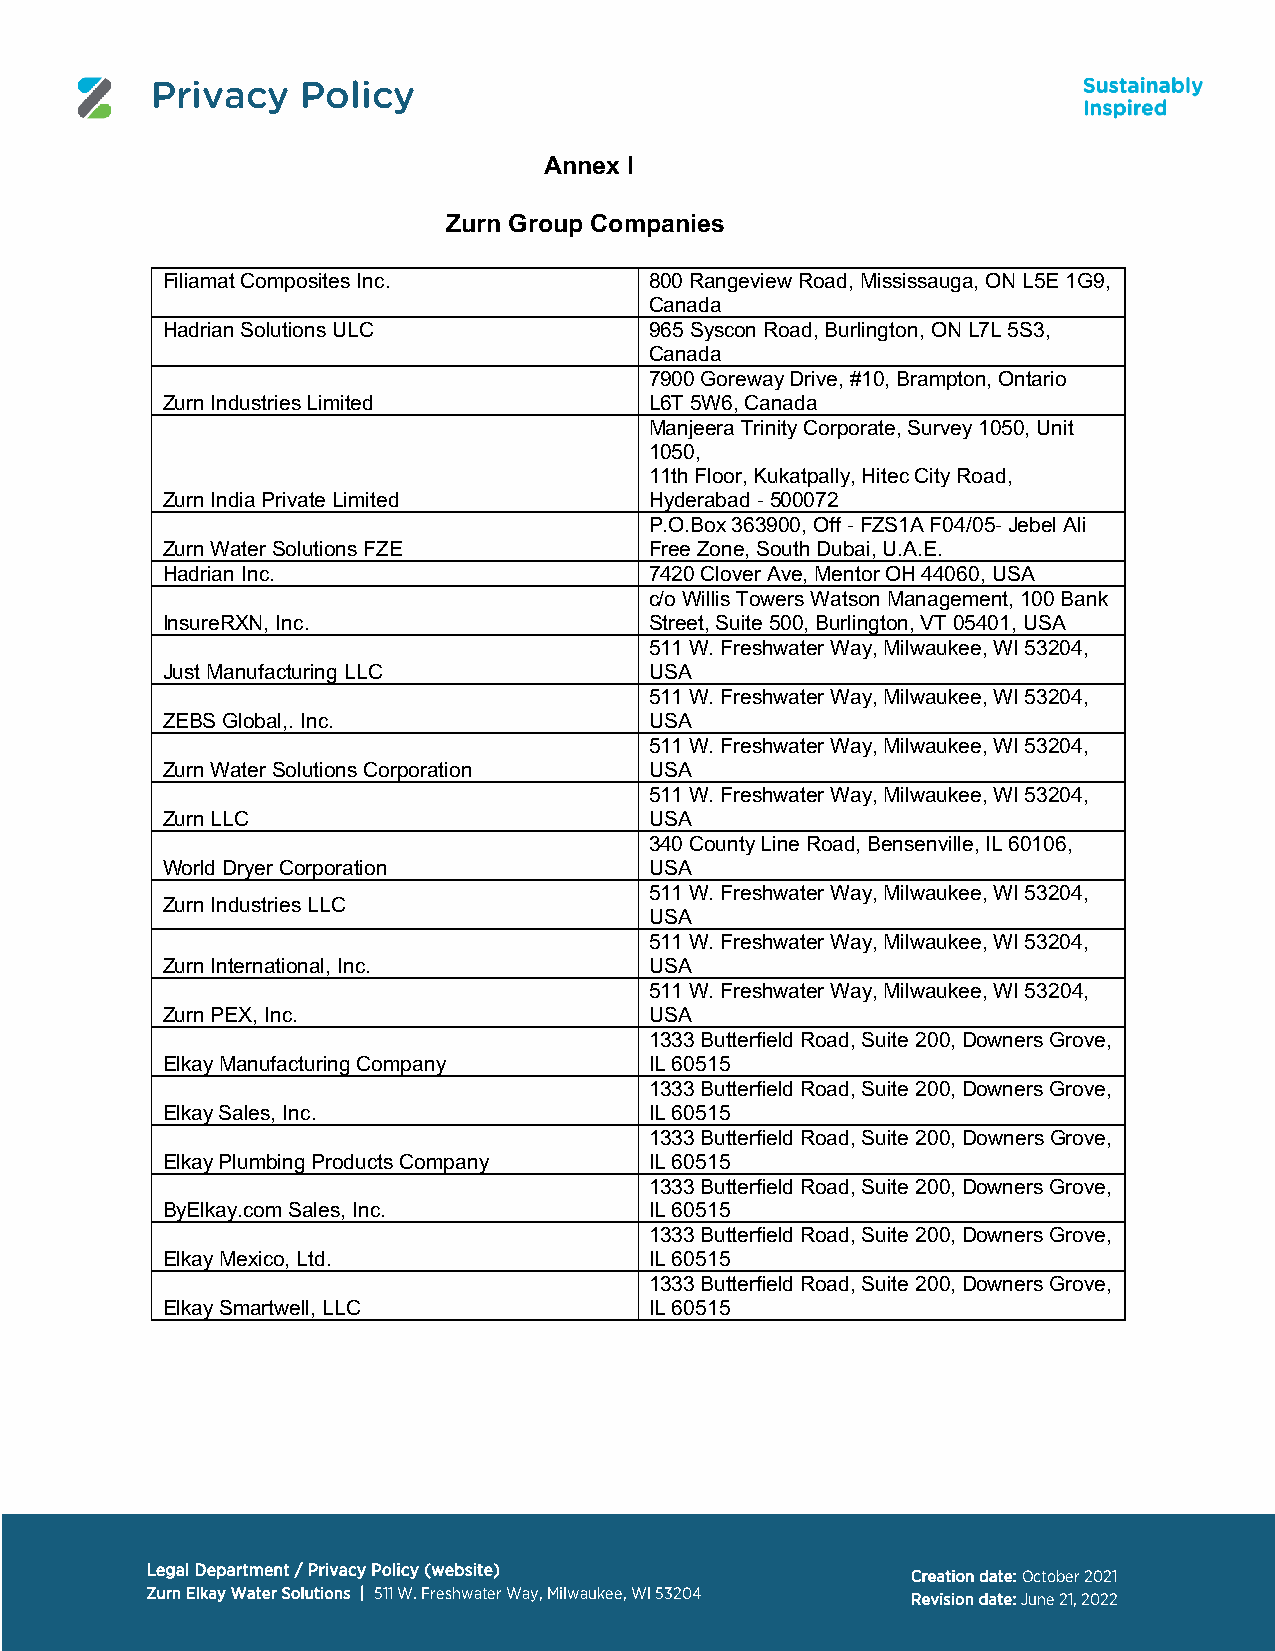
Privacy   Policy
 Annex I
 Zurn Group Companies
 Filiamat Composites Inc.        800 Rangeview Road, Mississauga, ON L5E 1G9,
 Canada
 Hadrian Solutions ULC           965 Syscon Road, Burlington, ON L7L 5S3,
 Canada
 7900 Goreway Drive, #10, Brampton, Ontario
 Zurn Industries Limited         L6T 5W6, Canada
 Manjeera Trinity Corporate, Survey 1050, Unit
 1050,
 11th Floor, Kukatpally, Hitec City Road,
 Zurn India Private Limited      Hyderabad - 500072
 P.O.Box 363900, Off - FZS1A F04/05- Jebel Ali
 Zurn Water Solutions FZE        Free Zone, South Dubai, U.A.E.
 Hadrian Inc.                    7420 Clover Ave, Mentor OH 44060, USA
 c/o Willis Towers Watson Management, 100 Bank
 InsureRXN, Inc.                 Street, Suite 500, Burlington, VT 05401, USA
 511 W. Freshwater Way, Milwaukee, WI 53204,
 Just Manufacturing LLC          USA
 511 W. Freshwater Way, Milwaukee, WI 53204,
 ZEBS Global,. Inc.              USA
 511 W. Freshwater Way, Milwaukee, WI 53204,
 Zurn Water Solutions Corporation USA
 511 W. Freshwater Way, Milwaukee, WI 53204,
 Zurn LLC                        USA
 340 County Line Road, Bensenville, IL 60106,
 World Dryer Corporation         USA
 511 W. Freshwater Way, Milwaukee, WI 53204,
 Zurn Industries LLC
 USA
 511 W. Freshwater Way, Milwaukee, WI 53204,
 Zurn International, Inc.        USA
 511 W. Freshwater Way, Milwaukee, WI 53204,
 Zurn PEX, Inc.                  USA
 1333 Butterfield Road, Suite 200, Downers Grove,
 Elkay Manufacturing Company     IL 60515
 1333 Butterfield Road, Suite 200, Downers Grove,
 Elkay Sales, Inc.               IL 60515
 1333 Butterfield Road, Suite 200, Downers Grove,
 Elkay Plumbing Products Company IL 60515
 1333 Butterfield Road, Suite 200, Downers Grove,
 ByElkay.com Sales, Inc.         IL 60515
 1333 Butterfield Road, Suite 200, Downers Grove,
 Elkay Mexico, Ltd.              IL 60515
 1333 Butterfield Road, Suite 200, Downers Grove,
 Elkay Smartwell, LLC            IL 60515
 Legal Department / Privacy Policy (website)
 Creation date: October 2021
 Zurn Elkay Water Solutions | 511 W. Freshwater Way, Milwaukee, WI 53204 Revision date: June 21, 2022